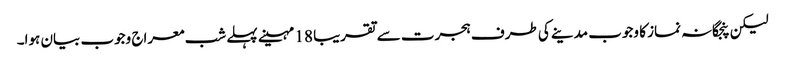
لیکن پنجگانہ نماز کا وجوب مدینے کی طرف ہجرت سے تقریبا 18 مہینے پہلے شب معراج وجوب بیان ہوا۔